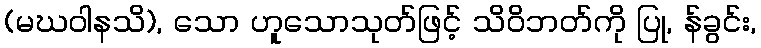
(မဃဝါနသိ), သော ဟူသောသုတ်ဖြင့် သိဝိဘတ်ကို ပြု, န်ခွင်း,